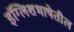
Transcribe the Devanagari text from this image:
इंग्लिशभाषेतील